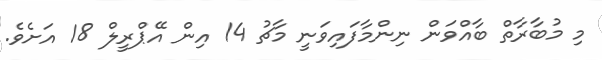
މި މުބާރާތް ބާއްވަން ނިންމާފައިވަނީ މާޗު 14 އިން އޭޕްރީލް 18 އަށެވެ.